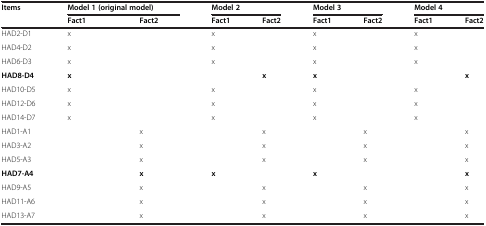
<table><thead><tr><td><b>Items</b></td><td colspan="2"><b>Model 1 (original model)</b></td><td colspan="2"><b>Model 2</b></td><td colspan="2"><b>Model 3</b></td><td colspan="2"><b>Model 4</b></td></tr><tr><td></td><td><b>Fact1</b></td><td><b>Fact2</b></td><td><b>Fact1</b></td><td><b>Fact2</b></td><td><b>Fact1</b></td><td><b>Fact2</b></td><td><b>Fact1</b></td><td><b>Fact2</b></td></tr></thead><tbody><tr><td>HAD2-D1</td><td>x</td><td></td><td>x</td><td></td><td>x</td><td></td><td>x</td><td></td></tr><tr><td>HAD4-D2</td><td>x</td><td></td><td>x</td><td></td><td>x</td><td></td><td>x</td><td></td></tr><tr><td>HAD6-D3</td><td>x</td><td></td><td>x</td><td></td><td>x</td><td></td><td>x</td><td></td></tr><tr><td><b>HAD8-D4</b></td><td><b>x</b></td><td></td><td></td><td><b>x</b></td><td><b>x</b></td><td></td><td></td><td><b>x</b></td></tr><tr><td>HAD10-D5</td><td>x</td><td></td><td>x</td><td></td><td>x</td><td></td><td>x</td><td></td></tr><tr><td>HAD12-D6</td><td>x</td><td></td><td>x</td><td></td><td>x</td><td></td><td>x</td><td></td></tr><tr><td>HAD14-D7</td><td>x</td><td></td><td>x</td><td></td><td>x</td><td></td><td>x</td><td></td></tr><tr><td>HAD1-A1</td><td></td><td>x</td><td></td><td>x</td><td></td><td>x</td><td></td><td>x</td></tr><tr><td>HAD3-A2</td><td></td><td>x</td><td></td><td>x</td><td></td><td>x</td><td></td><td>x</td></tr><tr><td>HAD5-A3</td><td></td><td>x</td><td></td><td>x</td><td></td><td>x</td><td></td><td>x</td></tr><tr><td><b>HAD7-A4</b></td><td></td><td><b>x</b></td><td><b>x</b></td><td></td><td><b>x</b></td><td></td><td></td><td><b>x</b></td></tr><tr><td>HAD9-A5</td><td></td><td>x</td><td></td><td>x</td><td></td><td>x</td><td></td><td>x</td></tr><tr><td>HAD11-A6</td><td></td><td>x</td><td></td><td>x</td><td></td><td>x</td><td></td><td>x</td></tr><tr><td>HAD13-A7</td><td></td><td>x</td><td></td><td>x</td><td></td><td>x</td><td></td><td>x</td></tr></tbody></table>